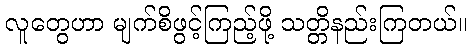
လူတွေဟာ မျက်စိဖွင့်ကြည့်ဖို့ သတ္တိနည်းကြတယ်။